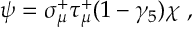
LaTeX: \psi = \sigma _ { \mu } ^ { + } \tau _ { \mu } ^ { + } ( 1 - \gamma _ { 5 } ) \chi ~ ,